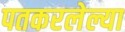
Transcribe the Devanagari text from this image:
पतकरलेल्या